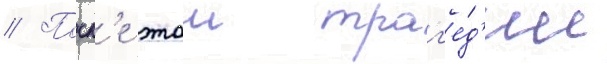
// Посл'е этои траг'е́д'ии